Civil Veterinary Dept. North-West Frontier Province 1901-22 - 1901-1922
Year: 1901
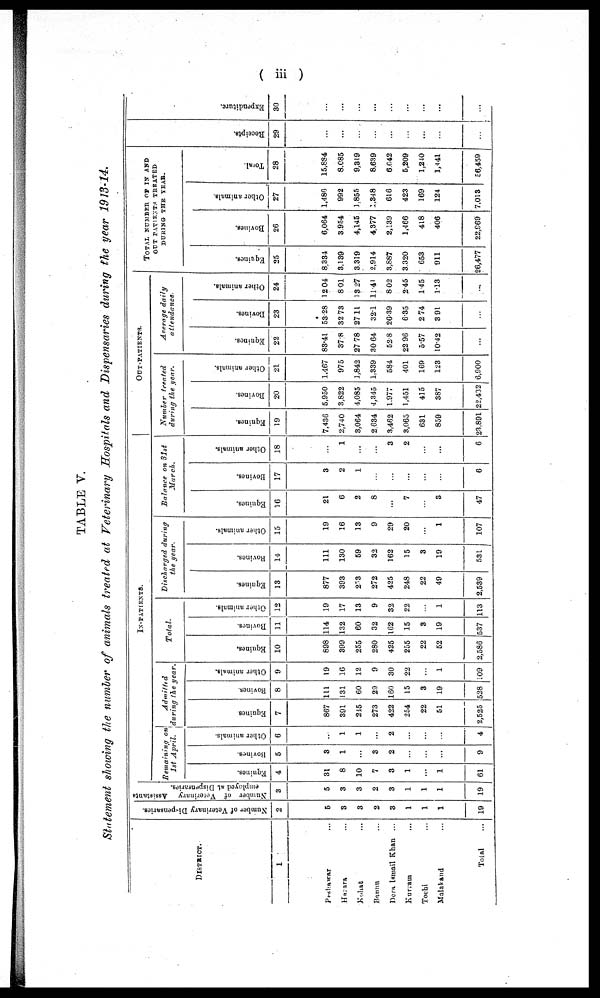
( iii )
TABLE V.
Statement showing the number of animals treated at Veterinary Hospitals and Dispensaries during the year 1913-14.
DISTRICT.
1
Peshawar ...
Hazara ...
Kahat ...
Bannu ...
Dera Ismail Khan ...
Kurram ...
Tochi ...
Malakand ...
Total
Number of Veterinary Dispensaries.
2
5
3
3
2
3
1
1
1
19
Number of Veterinary Assistants
employed at Dispensaries.
3
5
3
3
2
3
1
1
1
19
IN-PATIENTS.
Remaining
on
1st
April.
Equines.
4
31
8
10
7
3
1
...
1
61
Bovines.
5
3
1
...
3
2
...
...
...
9
Other animals.
6
...
1
1
...
2
...
...
...
4
Admitted
during the year.
Equines
7
867
391
245
273
422
254
22
51
2,525
Bovines.
8
111
131
60
29
160
15
3
19
528
Other animals.
9
19
16
12
9
30
22
...
1
109
Total.
Equines.
10
898
399
255
280
425
255
22
52
2,586
Bovines.
11
114
132
60
32
162
15
3
19
537
Other animals.
12
19
17
13
9
32
22
...
1
113
Discharged
during
the gear.
Equines.
13
877
393
253
272
425
248
22
49
2,539
Bovines.
14
111
130
59
32
162
15
3
19
531
Other animals.
15
19
16
13
9
29
20
...
1
107
Balance
on 31st
March.
Equines.
16
21
6
2
8
...
7
...
3
47
Bovines.
17
3
2
1
...
...
...
...
...
6
Other animals.
18
...
1
...
...
3
2
...
...
6
OUT-PATIENTS.
Number
treated
during the gear.
Equines.
19
7,436
2,740
3,064
2 634
3,462
3,065
631
859
23,891
Bovines.
20
5,950
3,822
4,085
4,345
1,977
1,451
415
387
22,432
Other animals.
21
1,467
975
1,842
1,339
584
401
169
123
6,900
Average
daily
attendance.
Equines.
22
83.41
37.8
27.78
30.64
52.8
22.96
5.57
10.42
...
Bovines.
23
53.28
32.73
27.11
32.1
26.39
6.35
2.74
3.91
...
Other animals.
24
12.04
8.01
13 27
11.41
8.02
2.45
1.45
1.13
...
TOTAL NUMBER OF IN AND
OUT PATIENTS TREATED
DURING THE YEAR.
Equines.
25
8,334
3,139
3,319
2,914
3,887
3,320
653
911
26,477
Bovines.
26
6,064
3,954
4,145
4,377
2,139
1,466
418
406
22,969
Other animals.
27
1,486
992
1,855
1,348
616
423
169
124
7,013
Total.
28
15,884
8,085
9,319
8.639
6.642
5,209
1,240
1,441
56,459
Receipts.
29
...
...
...
...
...
...
...
...
...
Expenditure.
30
...
...
...
...
...
...
...
...
...